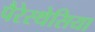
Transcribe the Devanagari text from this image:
पैरेस्थेसिया